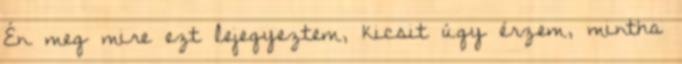
Én meg mire ezt lejegyeztem, kicsit úgy érzem, mintha